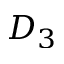
D _ { 3 }